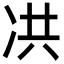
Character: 㓋